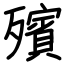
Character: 殯